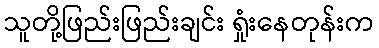
သူတို့ဖြည်းဖြည်းချင်း ရှုံးနေတုန်းက